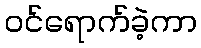
ဝင်ရောက်ခဲ့ကာ